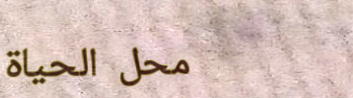
محل الحياة